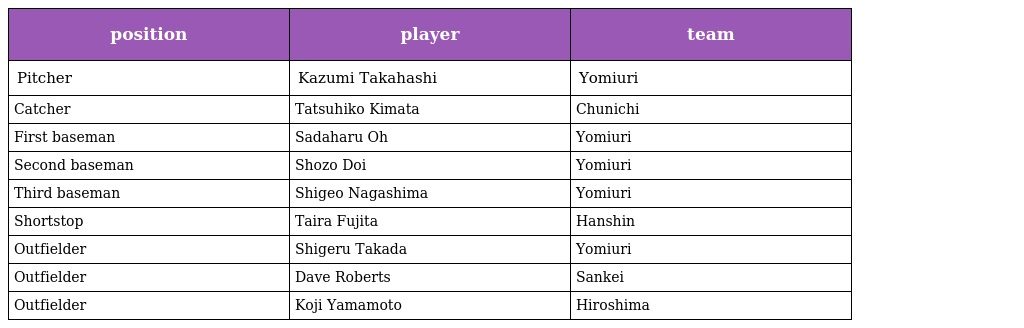
| position | player | team |
 | --- | --- | --- |
 | Pitcher | Kazumi Takahashi | Yomiuri |
 | Catcher | Tatsuhiko Kimata | Chunichi |
 | First baseman | Sadaharu Oh | Yomiuri |
 | Second baseman | Shozo Doi | Yomiuri |
 | Third baseman | Shigeo Nagashima | Yomiuri |
 | Shortstop | Taira Fujita | Hanshin |
 | Outfielder | Shigeru Takada | Yomiuri |
 | Outfielder | Dave Roberts | Sankei |
 | Outfielder | Koji Yamamoto | Hiroshima |